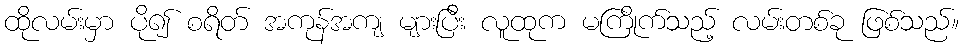
ထိုလမ်းမှာ ပို၍ စရိတ် အကုန်အကျ များပြီး လူထုက မကြိုက်သည့် လမ်းတစ်ခု ဖြစ်သည်။